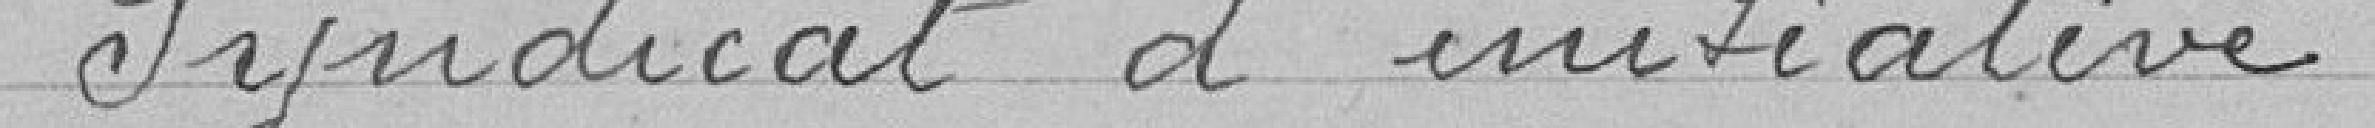
> Syndicat d'initiative